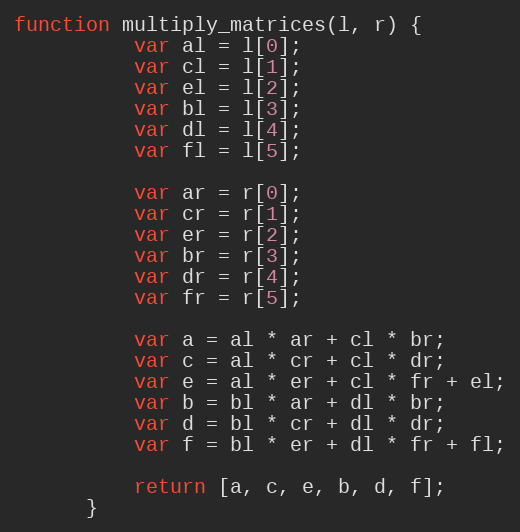
Language: JavaScript
function multiply_matrices(l, r) {
          var al = l[0];
          var cl = l[1];
          var el = l[2];
          var bl = l[3];
          var dl = l[4];
          var fl = l[5];

          var ar = r[0];
          var cr = r[1];
          var er = r[2];
          var br = r[3];
          var dr = r[4];
          var fr = r[5];

          var a = al * ar + cl * br;
          var c = al * cr + cl * dr;
          var e = al * er + cl * fr + el;
          var b = bl * ar + dl * br;
          var d = bl * cr + dl * dr;
          var f = bl * er + dl * fr + fl;

          return [a, c, e, b, d, f];
      }